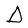
Character: D